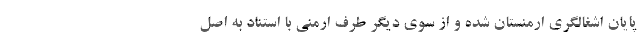
پایان اشغالگری ارمنستان شده و از سوی دیگر طرف ارمنی با استناد به اصل